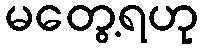
မတွေ့ရဟု